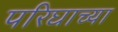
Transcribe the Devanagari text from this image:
परिघाच्या